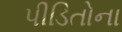
પીડિતોના